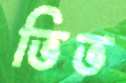
ভিভ